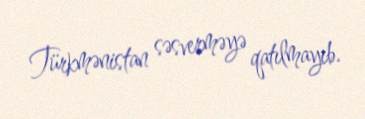
Türkmənistan səsverməyə qatılmayıb.